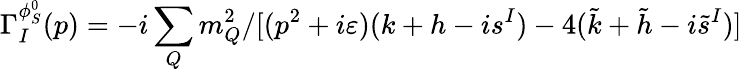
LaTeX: \Gamma_{I}^{\phi_{S}^{0}}(p)=-i\sum_{Q}m_{Q}^{2}/[(p^{2}+i\varepsilon)(k+h-is^{I})-4(\tilde{k}+\tilde{h}-i\tilde{s}^{I})]